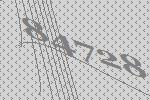
84728